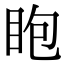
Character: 𥄹